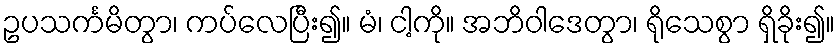
ဥပသင်္ကမိတွာ၊ ကပ်လေပြီး၍။ မံ၊ ငါ့ကို။ အဘိဝါဒေတွာ၊ ရိုသေစွာ ရှိခိုး၍။